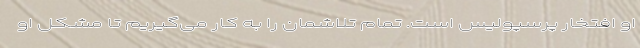
او افتخار پرسپولیس است. تمام تلاشمان را به کار می‌گیریم تا مشکل او